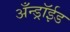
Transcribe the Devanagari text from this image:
अँन्ड्रॉईड